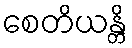
စေတိယန္တိ